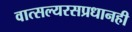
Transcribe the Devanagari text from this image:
वात्सल्यरसप्रधानही